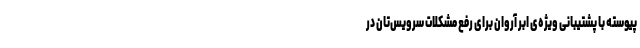
پیوسته با پشتیبانی ویژه‌ی ابر آروان برای رفع مشکلات سرویس‌تان در